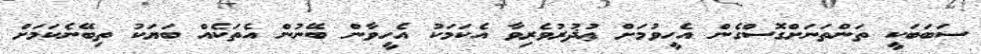
ސަބަބަކީ ތަންތަނަށްގޮސްގެން އެހީވުމަށް ޢުޛުރުވެރިވާ އެކަމަކު އެހީވާން ބޭނުން އެތަކެއް ބަޔަކު ތިބޭނެކަމަށް